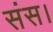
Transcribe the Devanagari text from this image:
संस।